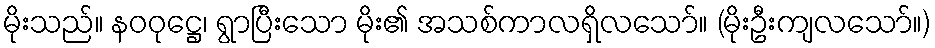
မိုးသည်။ နဝဝုဋ္ဌေ၊ ရွာပြီးသော မိုး၏ အသစ်ကာလရှိလသော်။ (မိုးဦးကျလသော်။)